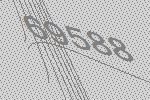
69588